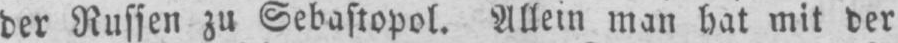
der Russen zu Sebastopol. Allein man hat mit der